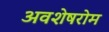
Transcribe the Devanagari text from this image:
अवशेषरोम